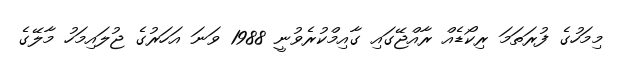
މިމަހުގެ ފުރަތަމަ ރިކޯޑެއް ރާއްޖޭގައި ގާއިމްކުރެވުނީ 1988 ވަނަ އަހަރުގެ ޖުލައިމަހު މާލޭގެ